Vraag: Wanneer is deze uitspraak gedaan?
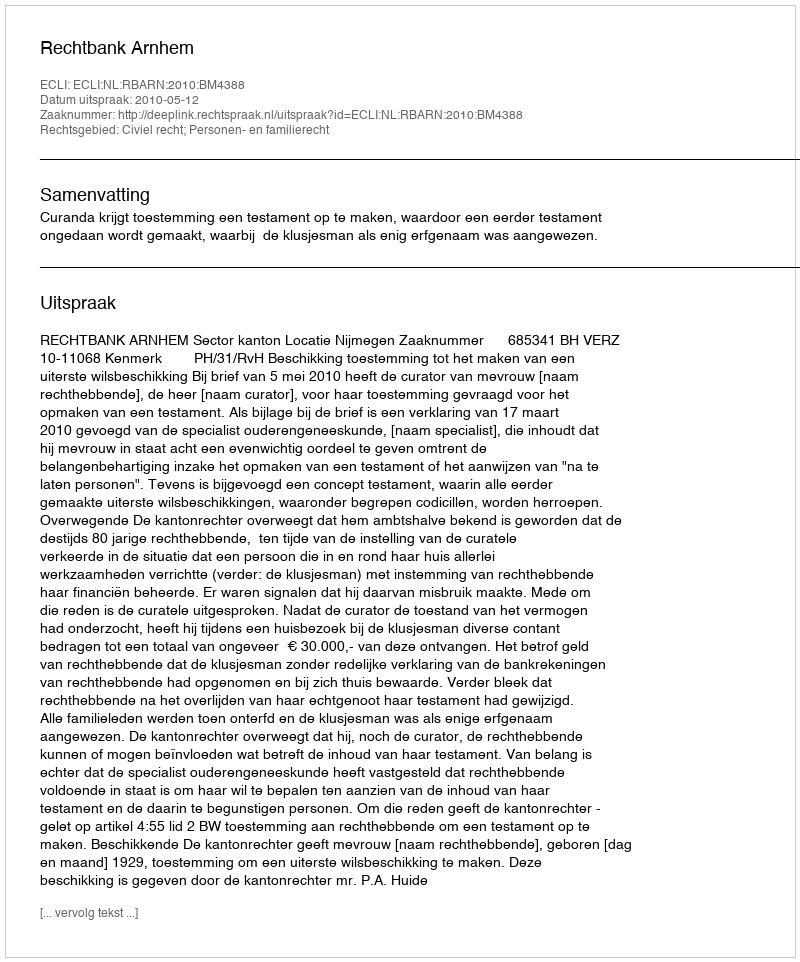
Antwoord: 2010-05-12